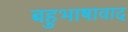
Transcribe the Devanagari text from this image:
बहुभाषावाद